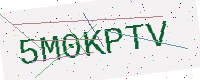
Text: 5M0KPTV